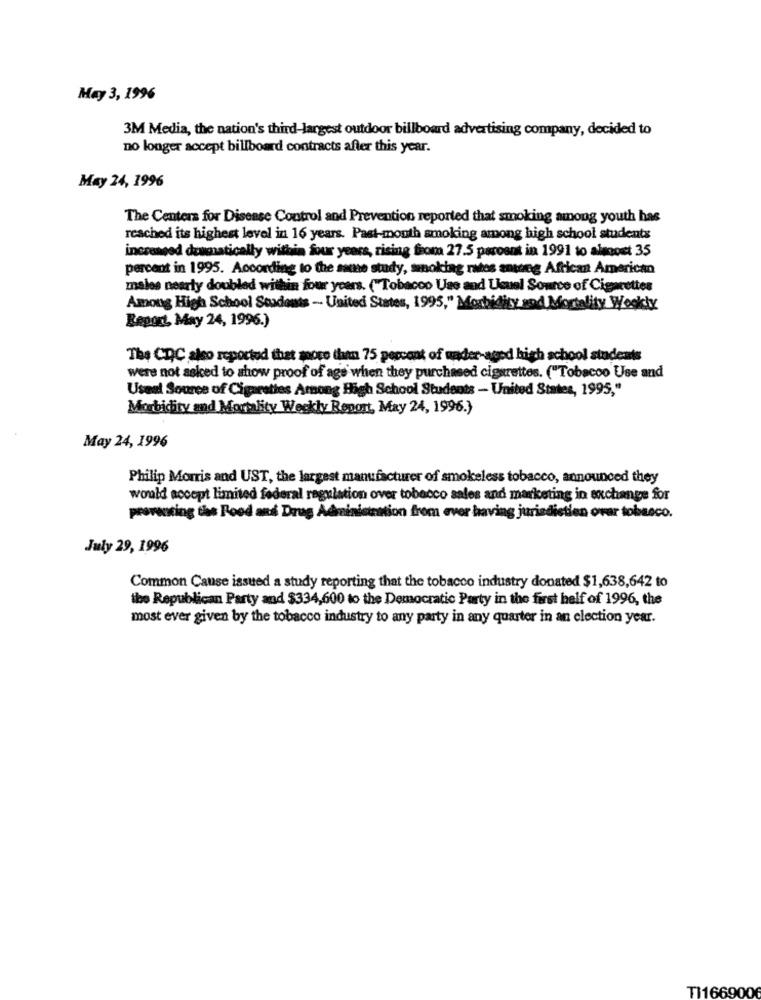
May 3, 1996
3M Media, the nation's third-largest outdoor billboard advertising company, decided to
no longer accept billboard contracts after this year.
May 24, 1996
The Centers for Disease Control and Prevention reported that smoking among youth has
reached its highest level in 16 years. Past-month smoking among high school students
increased dramatically within four years, rising from 27.5 pasosut in 1991 to almost 35
percent in 1995. According to the same study, smoking rates among African American
males nearly doubled within four years. ("Tobacco Use and Usual Source of Cigarettes
Among High School Students - United States, 1995," Morbidity and Mortality Weekly
Report, May 24, 1996.)
The CDC also reported that moose (hum 75 percent of under-aged high school students
were not asked to show proof of age when they purchased cigarettes. ("Tobacco Use and
Useal Source of Cigarettes Among High School Students - United States, 1995,"
Morbidity and Mortality Weekly Report, May 24, 1996.)
May 24, 1996
Philip Morris and UST, the largest manufacturer of smokeless tobacco, announced they
would accept limited federal regulation over tobacco sales and marketing in exchange for
preventing the Food and Drug Administration from ever having jurisdiction over tobasco.
July 29, 1996
Common Cause issued a study reporting that the tobacco industry donated $1,638,642 to
the Republican Party and $334,600 to the Democratic Party in the first helf of 1996, the
most ever given by the tobacco industry to any party in any quarter in an election year.
T1166900